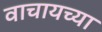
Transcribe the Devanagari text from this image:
वाचायच्या